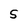
Character: S